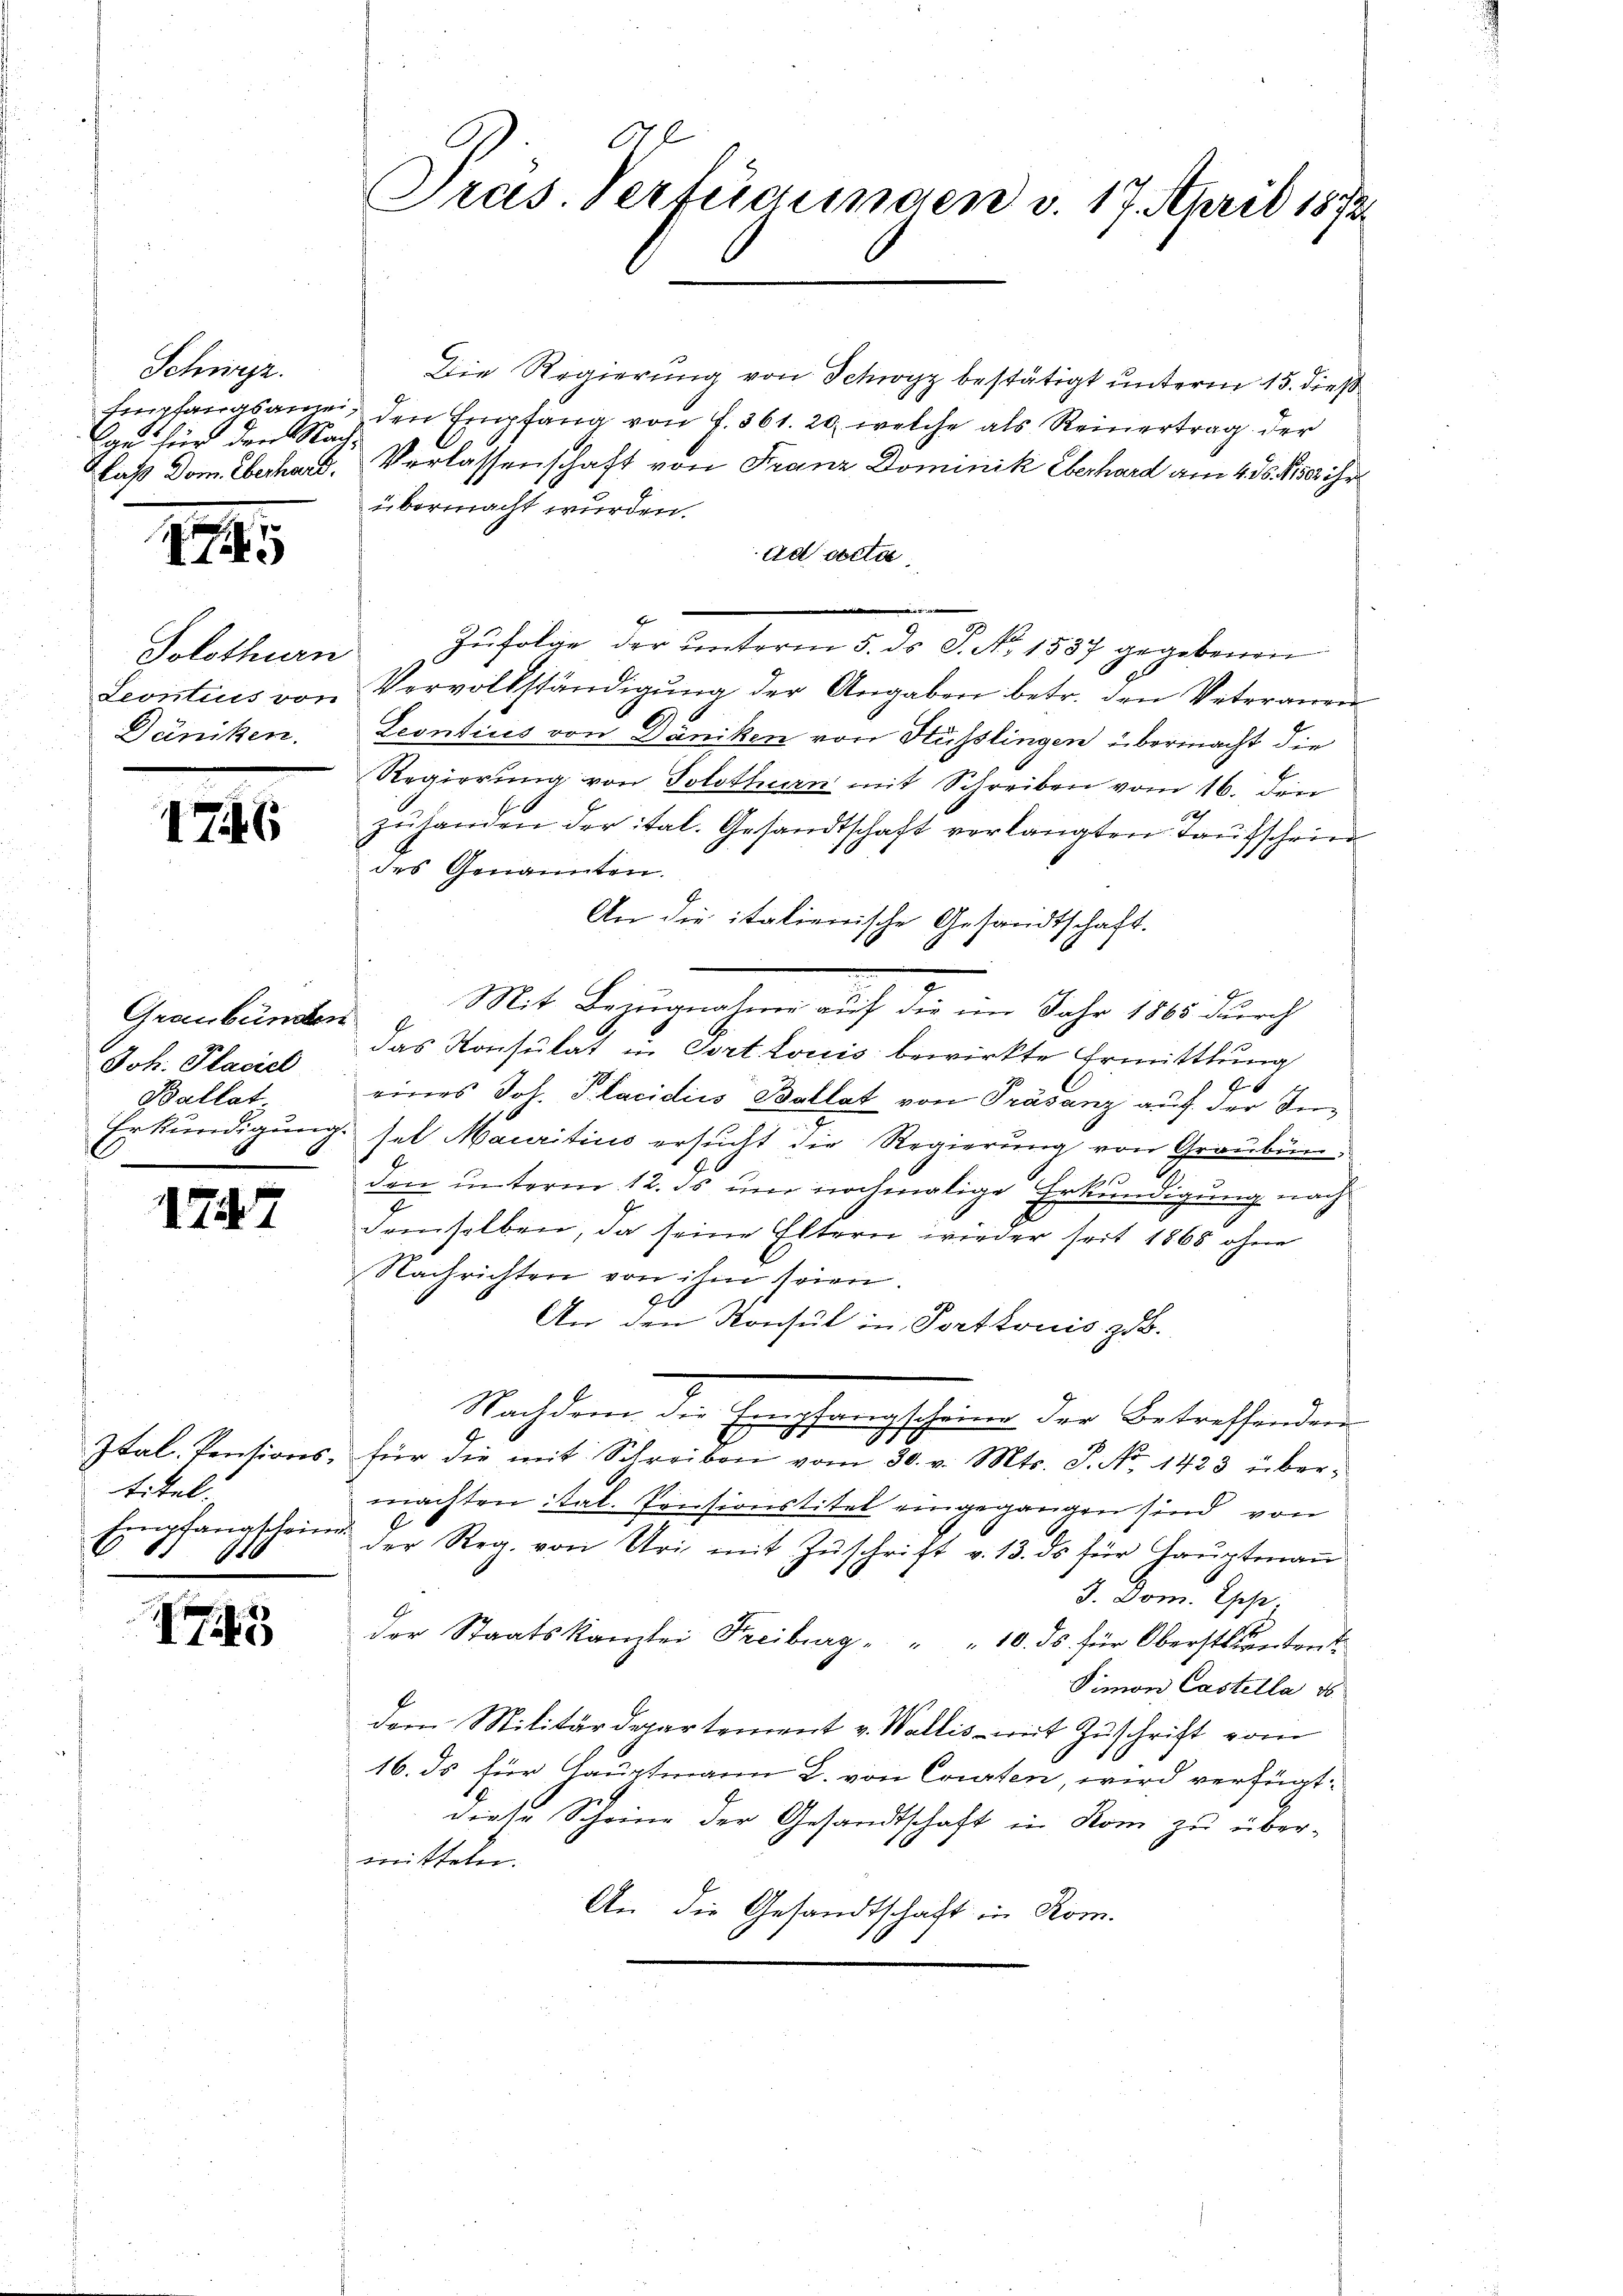
Schwyz.
ge für den Nach-

1

Solothurn
Däniken.

176

Graubünden
Joh. Placiel
Ballat
Erkundigung.

1747

titel.
Empfangschein.
486

75

Die Regierung von Schwyz bestätigt unterm 15. dieß
Empfangsanzei, den Empfang von f. 361. 20, welche als Reinertrag der
Laß Dom. Eberhard. Verlassenschaft von Franz Dominik Eberhard am 435. Sie ihr
übermacht wurden.
ad acta.
d
4
Zufolge der unterm 5. ds. S. Nr. 1537 gegebenen
Leontius von Vervolkständigŭng der Angaben betr. den Veterauen
Leontius von Däniken von Hüsslingen übermacht die
Regierung von Solothurn mit Schreiben vom 16. den
zuhanden der ital. Gesandtschaft verlangten Taufschriedes Genannten.
An die italienische Gesandtschaft.
Mit Bezugnahme auf die im Jahr 1865 durch
das Konsulat in Fort Louis bewirkte Ermittlung
eines Joh. T. tacidiis Ballat von Präsenz auf der Insel Mauritiis ersucht die Regierung von Graubun
den unterm 12. ds um nochmalige Erkundigung nach
demselben, da seine Eltern wieder seit 1868 ohne
Nachrichten von ihm seien.
An den Konsul in Portonis, z. B.
Nach dem den An
gscheine der Betreffenden
uchfan
E
.
Ital. Pensions, für die mit Schreiben vom 30. v. Mts. S. Nr. 1423 übermachten ital. Pensionstitel eingegangen sind, von
der Reg. von Uri mit Zŭschrift v. 13. ds für Hauptmaṅ
3. Dom. Appe
der Staatskanzlei Freiburg " " " 10. ds. für Oberstundent
Simon Castella d
dem Militärdepartement v. Wallis mit Zuschrift vom
16. ds für Hauptmann L. von Courten, wird verfügt:
diese Scheine der Gesandtschaft in Rom zu über-
mitteln.
An die Gesandtschaft in Rom.

Or
Pras. Verfügungen v. 17. April 1872.